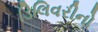
ડિલિવરીનો